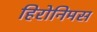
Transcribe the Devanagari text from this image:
हिरोनिमस